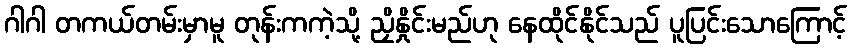
ဂါဂါ တကယ်တမ်းမှာမူ တုန်းကကဲ့သို့ ညှိနှိုင်းမည်ဟု နေထိုင်နိုင်သည် ပူပြင်းသောကြောင့်